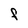
Character: F